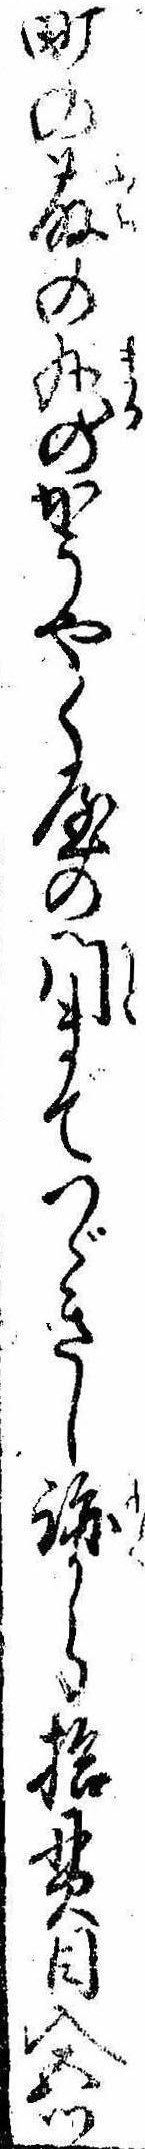
町の藤の丸のかうやく屋の門までつゞきし跡から拾貫目入五ツ